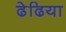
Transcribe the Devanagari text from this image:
ढेढिया